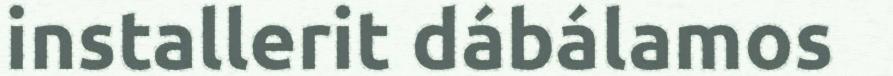
installerit dábálamos